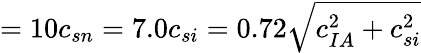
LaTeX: =10c_{sn}=7.0c_{si}=0.72\sqrt{c_{IA}^{2}+c_{si}^{2}}